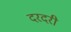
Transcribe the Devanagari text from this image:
दरदरी